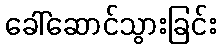
ခေါ်ဆောင်သွားခြင်း